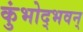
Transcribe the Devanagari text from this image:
कुंभोद्भवन्